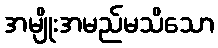
အမျိုးအမည်မသိသော